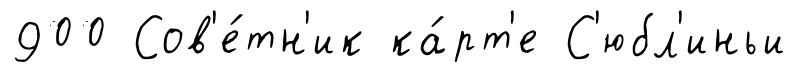
900 Сов'е́тн'ик ка́рт'е С'юбл'иньи